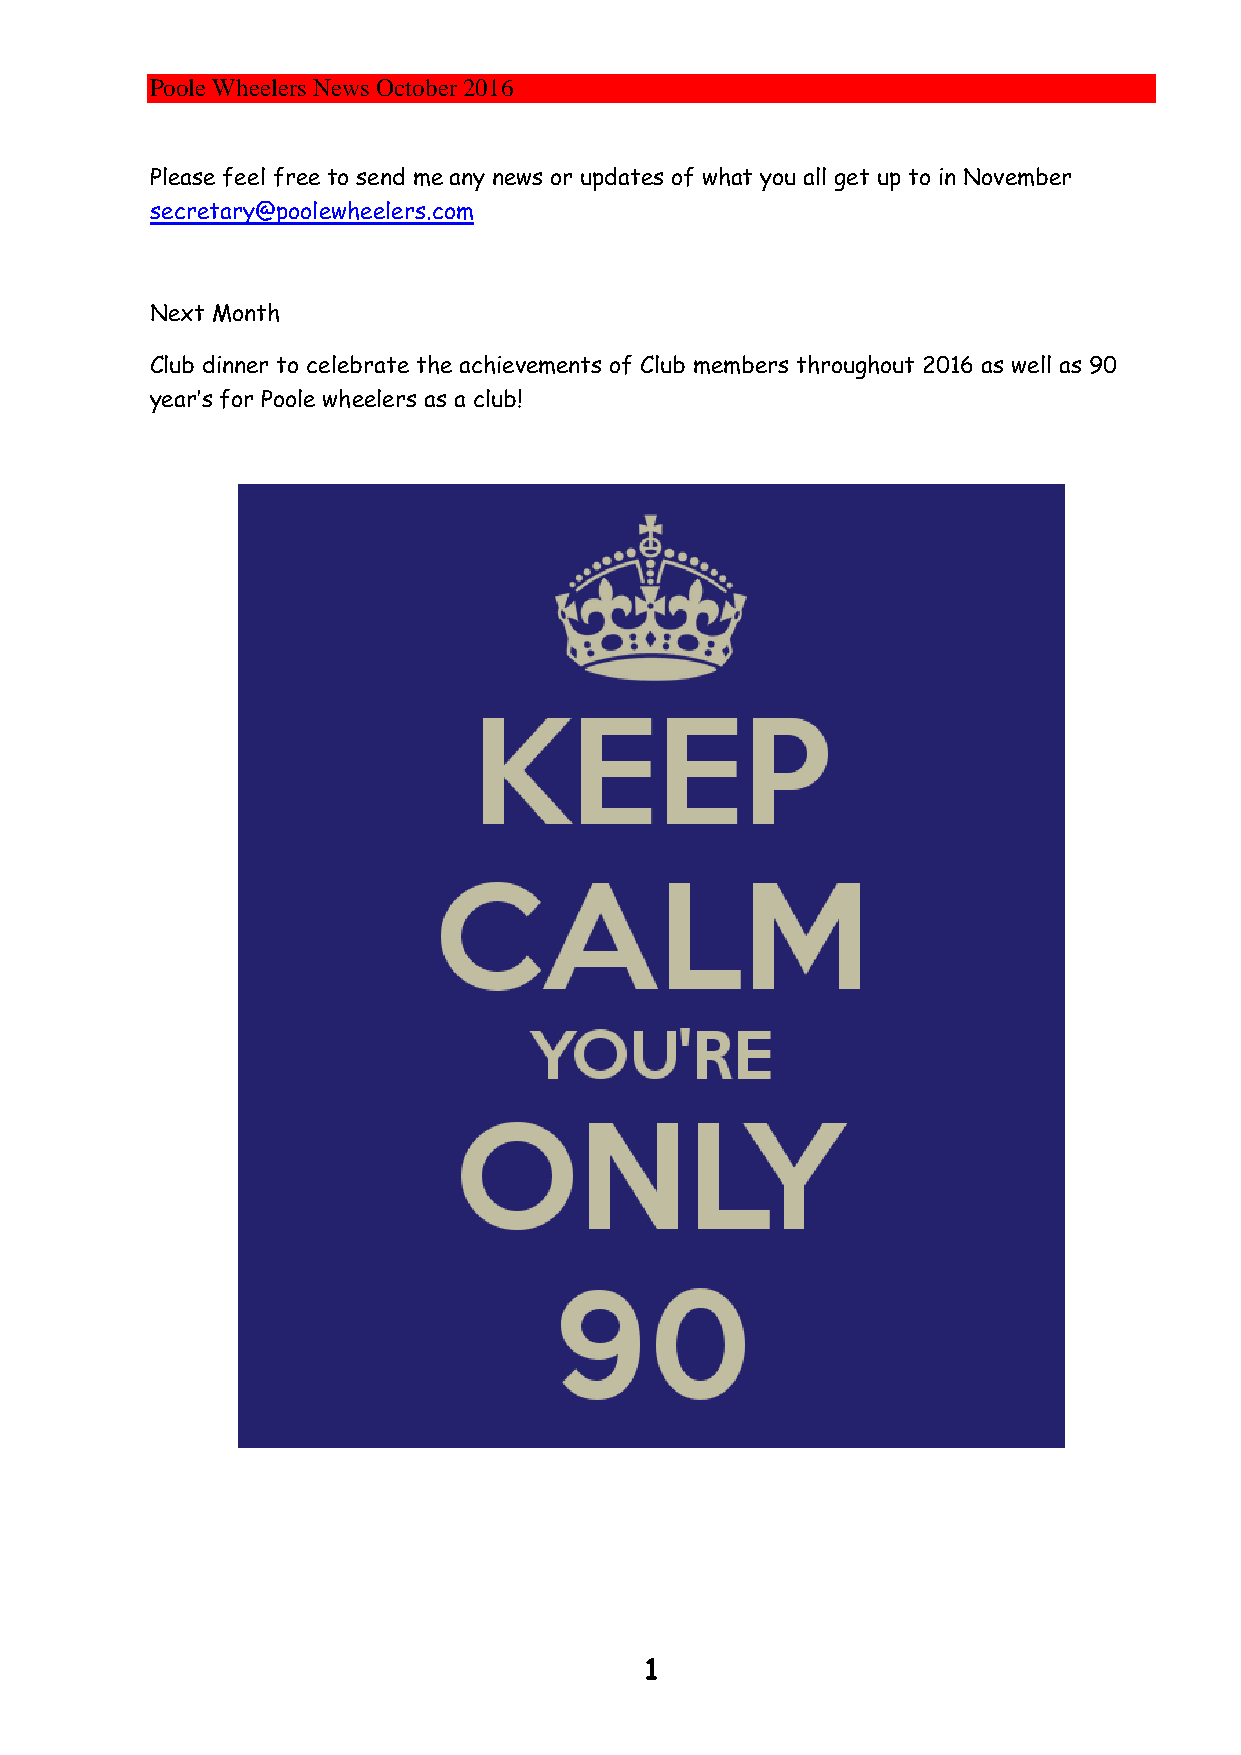
Poole Wheelers News October 2016
 Please feel free to send me any news or updates of what you all get up to in November
 secretary@poolewheelers.com
 Next Month
 Club dinner to celebrate the achievements of Club members throughout 2016 as well as 90
 year’s for Poole wheelers as a club!
 1